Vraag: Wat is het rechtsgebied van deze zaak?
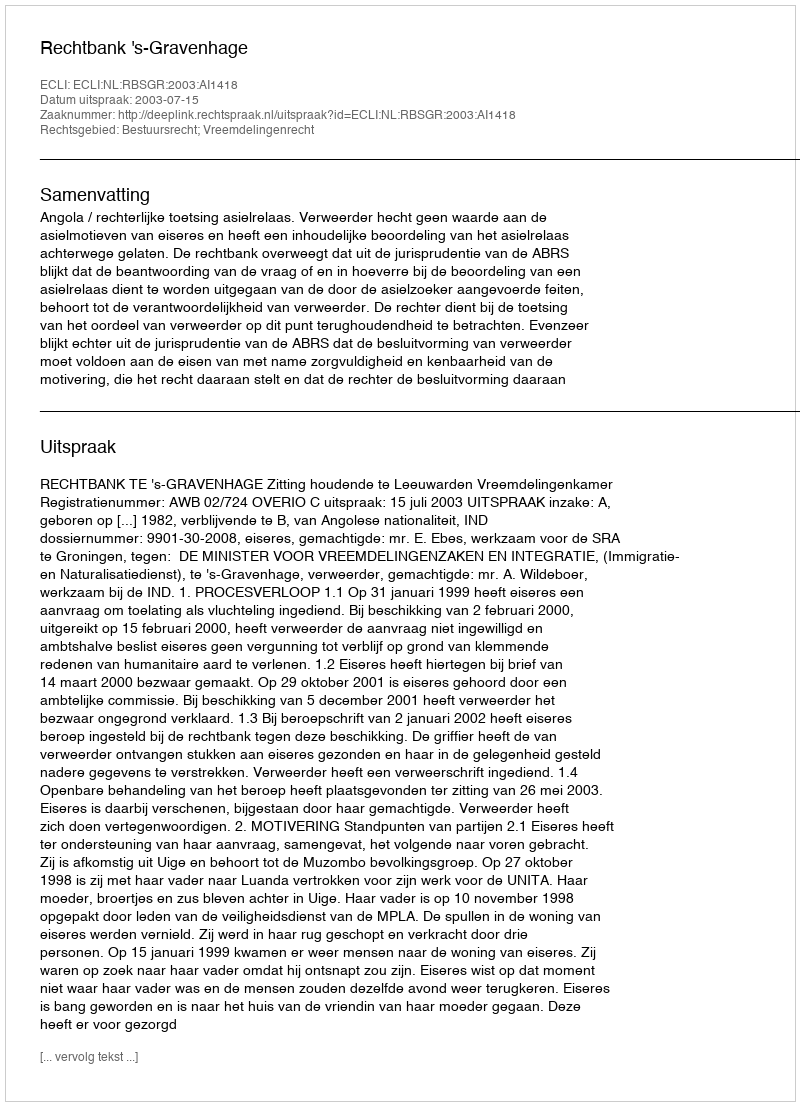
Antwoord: Bestuursrecht; Vreemdelingenrecht